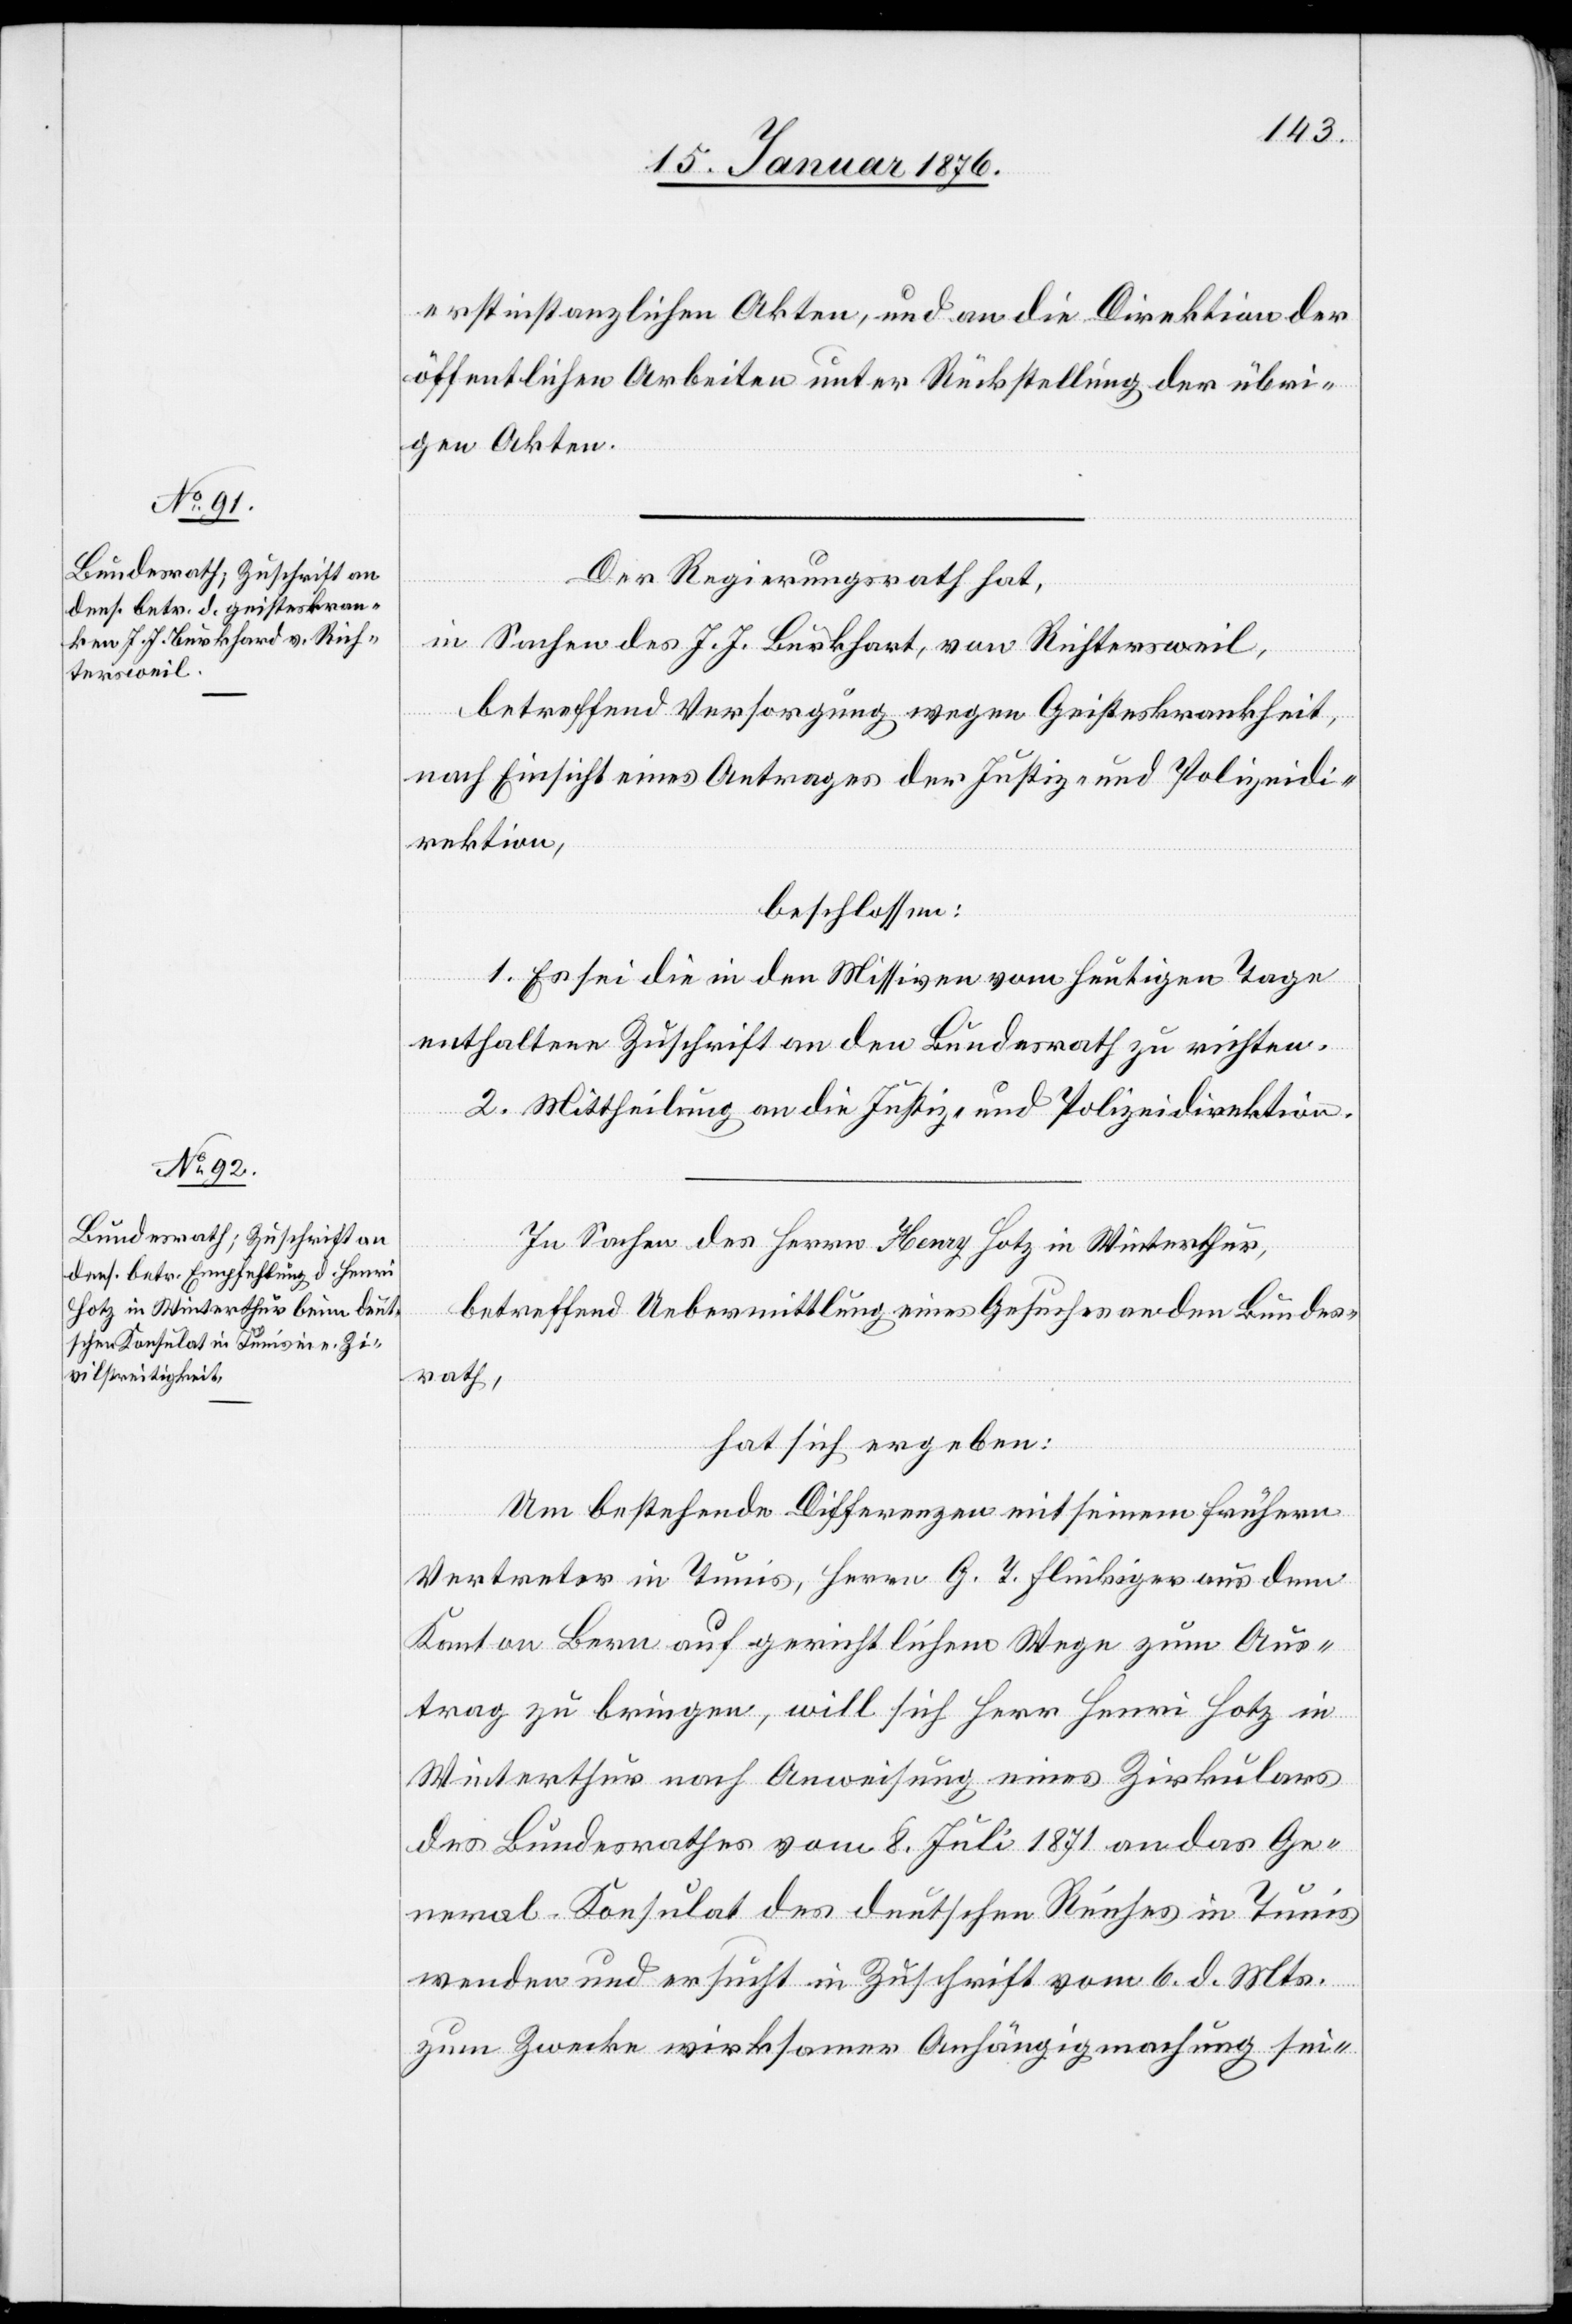
erstinstanzlichen Akten, und an die Direktion der
öffentlichen Arbeiten unter Rückstellung der übri¬
gen Akten.
Der Regierungsrath hat,
in Sachen des J. J. Burkhart [sic!], von Richtersweil,
betreffend Versorgung wegen Geisteskrankheit,
nach Einsicht eines Antrages der Justiz- und Polizeidi¬
rektion,
beschlossen:
1. Es sei die in den Missiven vom heutigen Tage
enthaltene Zuschrift an den Bundesrath zu richten.
2. Mittheilung an die Justiz- und Polizeidirektion.
In Sachen des Herrn Henry Hotz in Winterthur,
betreffend Uebermittlung eines Gesuches an den Bundes¬
rath,
hat sich ergeben:
Um bestehende Differenzen mit seinem frühern
Vertreter in Tunis, Herrn G. T. Flückiger aus dem
Kanton Bern auf gerichtlichem Wege zum Aus¬
trag zu bringen, will sich Herr Henri [sic!] Hotz in
Winterthur nach Anweisung eines Zirkulars
des Bundesrathes vom 8. Juli 1871 an das Ge¬
neral-Konsulat des deutschen Reiches in Tunis
wenden und ersucht in Zuschrift vom 6. d. Mts.
zum Zwecke wirksamer Anhängigmachung sei-